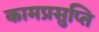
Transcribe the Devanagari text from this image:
कामप्रसुप्ति